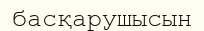
басқарушысын